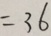
= 3 6